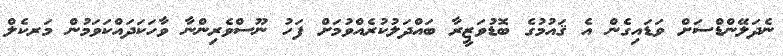
ނެދަލޭންޑްސަށް ވަޑައިގެން އެ ޤައުމުގެ ބޮޑުވަޒީރާ ބައްދަލުކުރެއްވުމަށް ފަހު ނޫސްވެރިންނާ ވާހަކަދައްކަވަމުން މަރކެލް